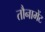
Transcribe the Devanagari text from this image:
तौनामेंट